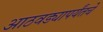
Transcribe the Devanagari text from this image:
आठवड्यापर्यंतचे